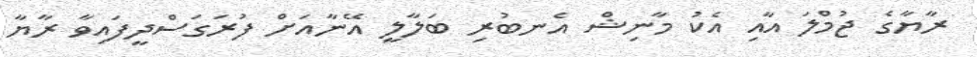
ރާޔާގެ ޖުމްލަ އާއި އެކު މާނިޝް އެނބުރި ބަލާލީ އޭނާއަށް ފުރަގަސްދީފައިވާ ރާޔާ